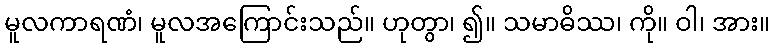
မူလကာရဏံ၊ မူလအကြောင်းသည်။ ဟုတွာ၊ ၍။ သမာဓိဿ၊ ကို။ ဝါ၊ အား။